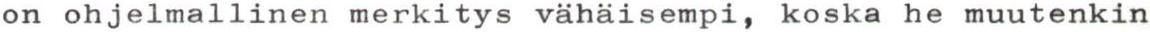
on ohjelmallinen merkitys vähäisempi, koska he muutenkin